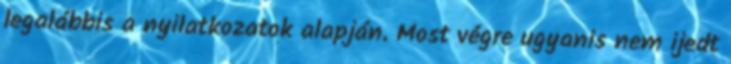
legalábbis a nyilatkozatok alapján. Most végre ugyanis nem ijedt